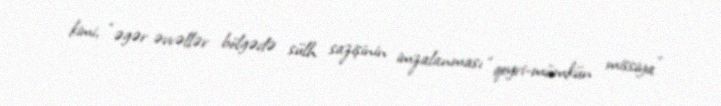
kimi, “əgər əvvəllər bölgədə sülh sazişinin imzalanması “qeyri-mümkün missiya”